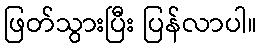
ဖြတ်သွားပြီး ပြန်လာပါ။